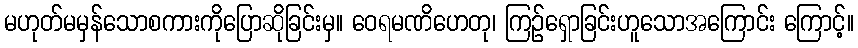
မဟုတ်မမှန်သောစကားကိုပြောဆိုခြင်းမှ။ ဝေရမဏိဟေတု၊ ကြဉ်ရှောခြင်းဟူသောအကြောင်း ကြောင့်။